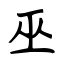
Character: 巫